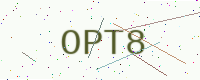
Text: OPT8